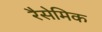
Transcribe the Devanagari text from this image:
रैसेमिक